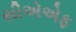
સીએએફ